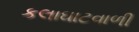
કલાઘાટવાળી